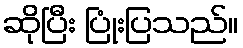
ဆိုပြီး ပြုံးပြသည်။